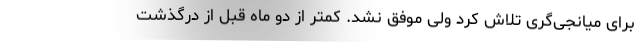
برای میانجی‌گری تلاش کرد ولی موفق نشد. کمتر از دو ماه قبل از درگذشت